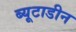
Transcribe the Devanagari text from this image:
ब्यूटाडीन